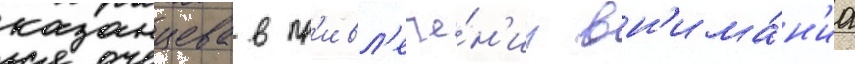
казанцева в пр'ивл'ече́н'ии вн'има́н'иа